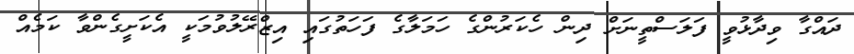
ދައްގާ ވިދާޅުވީ ފަލަސްތީނަށް ދިން ހެކަރުންގެ ހަމަލާގެ ފަހަތުގައި އިޒްރޭލުވުމަކީ އެކަށީގެންވާ ކަމެއް